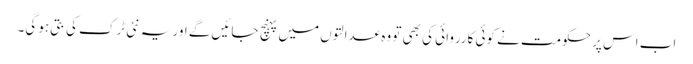
اب اس پر حکومت نے کوئی کارروائی کی بھی تو وہ عدالتوں میں پہنچ جائیں گے اور یہ نئی ٹرک کی بتی ہو گی۔